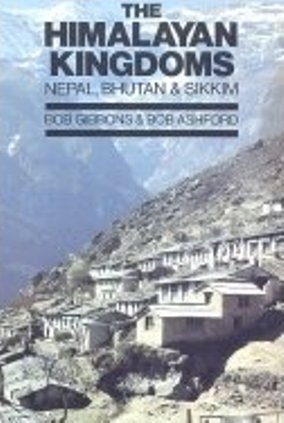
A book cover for The Himalayan Kingdoms: Nepal, Bhutan and Sikkim; Bob Gibbons; Travel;